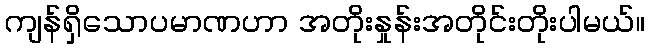
ကျန်ရှိသောပမာဏဟာ အတိုးနှုန်းအတိုင်းတိုးပါမယ်။